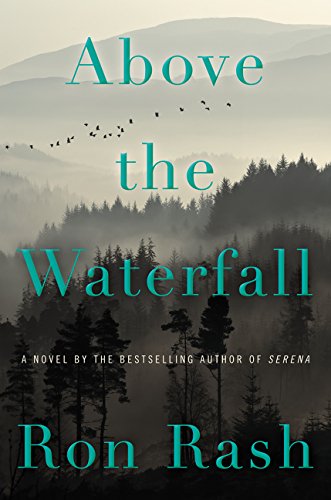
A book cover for Above the Waterfall: A Novel; Ron Rash; Literature & Fiction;